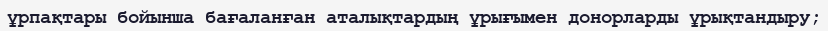
ұрпақтары бойынша бағаланған аталықтардың ұрығымен донорларды ұрықтандыру;